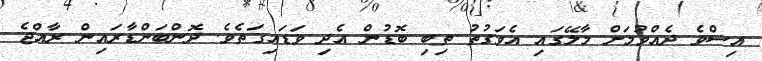
އިސްވެ ދެއްވުމަށް މާލޭގައި އެވަގުތު ތިބި ބޮޑުން އެދި ވަޑައިގަތެވެ. ދޮންބަންޑާރައިން ރާއްޖެ